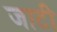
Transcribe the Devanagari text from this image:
जाटी